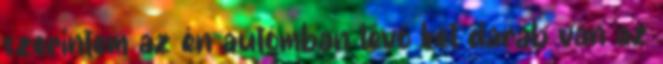
szerintem az én autómban lévő két darab van az